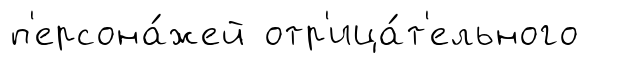
п'ерсона́жей отр'ица́т'ельного